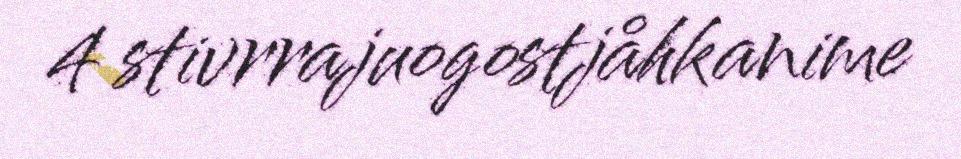
4 stivrrajuogostjåhkanime